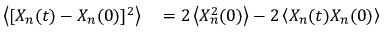
\begin{array} { r l } { \left< [ X _ { n } ( t ) - X _ { n } ( 0 ) ] ^ { 2 } \right> } & { { } = 2 \left< X _ { n } ^ { 2 } ( 0 ) \right> - 2 \left< X _ { n } ( t ) X _ { n } ( 0 ) \right> } \end{array}